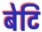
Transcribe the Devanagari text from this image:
बेटि